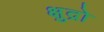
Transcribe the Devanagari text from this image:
क्षुद्रो